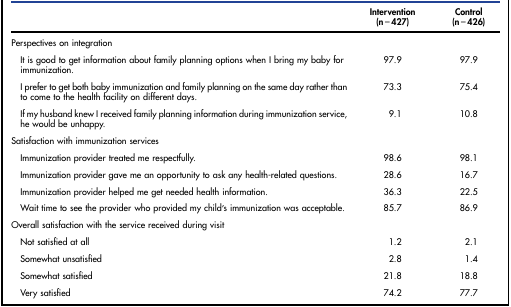
<table><thead><tr><td>[EMPTY_CELL]</td><td><b>Intervention (n = 427)</b></td><td><b>Control (n = 426)</b></td></tr></thead><tbody><tr><td>Perspectives on integration</td><td>[EMPTY_CELL]</td><td>[EMPTY_CELL]</td></tr><tr><td> It is good to get information about family planning options when I bring my baby for immunization.</td><td>97.9</td><td>97.9</td></tr><tr><td> I prefer to get both baby immunization and family planning on the same day rather than to come to the health facility on different days.</td><td>73.3</td><td>75.4</td></tr><tr><td> If my husband knew I received family planning information during immunization service, he would be unhappy.</td><td>9.1</td><td>10.8</td></tr><tr><td>Satisfaction with immunization services</td><td>[EMPTY_CELL]</td><td>[EMPTY_CELL]</td></tr><tr><td> Immunization provider treated me respectfully.</td><td>98.6</td><td>98.1</td></tr><tr><td> Immunization provider gave me an opportunity to ask any health-related questions.</td><td>28.6</td><td>16.7</td></tr><tr><td> Immunization provider helped me get needed health information.</td><td>36.3</td><td>22.5</td></tr><tr><td> Wait time to see the provider who provided my child’s immunization was acceptable.</td><td>85.7</td><td>86.9</td></tr><tr><td>Overall satisfaction with the service received during visit</td><td>[EMPTY_CELL]</td><td>[EMPTY_CELL]</td></tr><tr><td> Not satisfied at all</td><td>1.2</td><td>2.1</td></tr><tr><td> Somewhat unsatisfied</td><td>2.8</td><td>1.4</td></tr><tr><td> Somewhat satisfied</td><td>21.8</td><td>18.8</td></tr><tr><td> Very satisfied</td><td>74.2</td><td>77.7</td></tr></tbody></table>